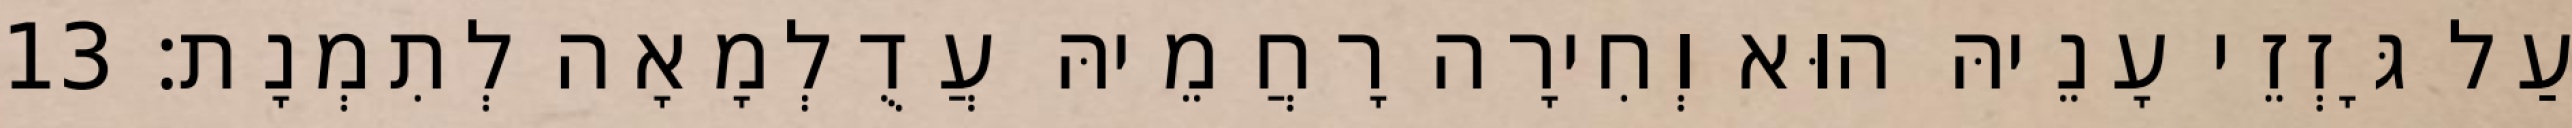
עַל גָּזְזֵי עָנֵיהּ הוּא וְחִירָה רָחֲמֵיהּ עֲדֻלְמָאָה לְתִמְנָת׃ 13